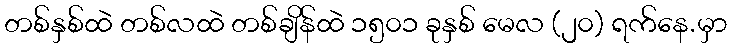
တစ်နှစ်ထဲ တစ်လထဲ တစ်ချိန်ထဲ ၁၅၀၁ ခုနှစ် မေလ (၂၀) ရက်နေ.မှာ